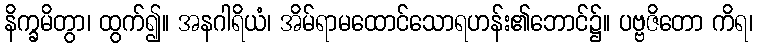
နိက္ခမိတွာ၊ ထွက်၍။ အနဂါရိယံ၊ အိမ်ရာမထောင်သောရဟန်း၏ဘောင်၌။ ပဗ္ဗဇိတော ကိရ၊